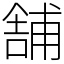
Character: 舗